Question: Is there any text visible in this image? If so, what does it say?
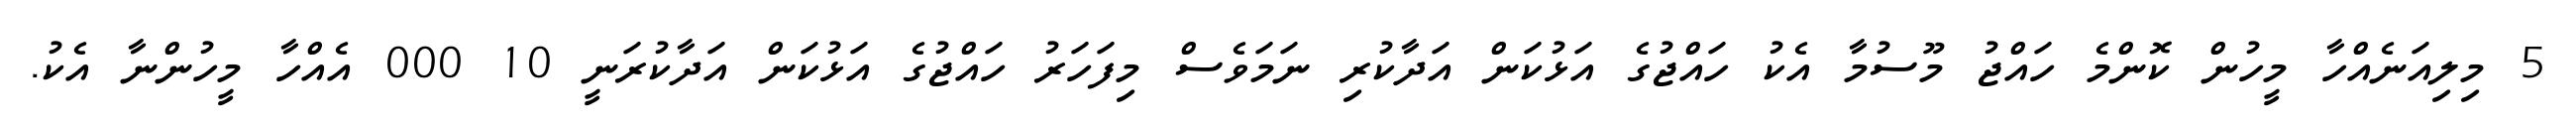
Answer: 5 މިލިއަނެއްހާ މީހުން ކޮންމެ ހައްޖު މޫސުމާ އެކު ހައްޖުގެ އަޅުކަން އަދާކުރި ނަމަވެސް މިފަހަރު ހައްޖުގެ އަޅުކަން އަދާކުރަނީ 10 000 އެއްހާ މީހުންނާ އެކު.